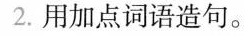
2.用加点词造句。